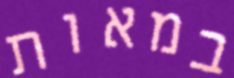
במאות